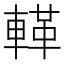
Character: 𨍝